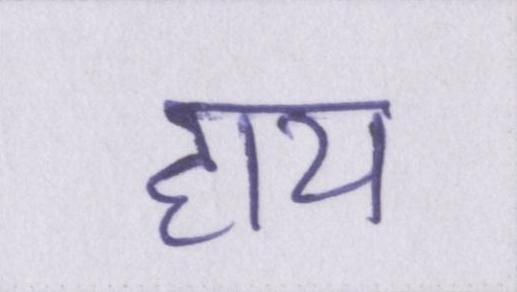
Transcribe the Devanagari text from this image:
हाय